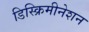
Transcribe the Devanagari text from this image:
डिस्क्रिमीनेशन